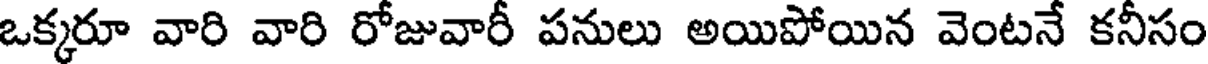
ఒక్కరూ వారి వారి రోజువారీ పనులు అయిపోయిన వెంటనే కనీసం